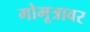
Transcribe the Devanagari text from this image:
गोमूत्रावर